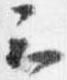
云